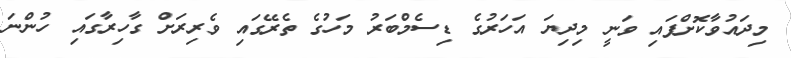
މިދައުވާކޮށްފައި ވަނީ މިދިޔަ އަހަރުގެ ޑިސެމްބަރު މަހުގެ ތެރޭގައި ވެރިރަށް ގާހިރާގައި ހުންނަ